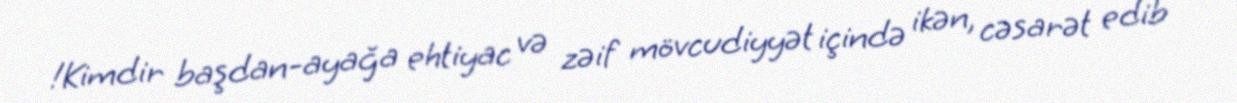
!Kimdir başdan-ayağa ehtiyac və zəif mövcudiyyət içində ikən, cəsarət edib